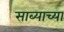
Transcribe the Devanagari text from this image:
साब्याच्या